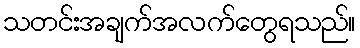
သတင်းအချက်အလက်တွေရသည်။